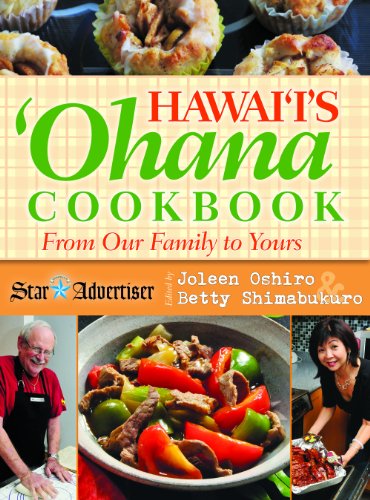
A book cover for Hawaii's Ohana Cookbook; Joleen Oshiro; Cookbooks, Food & Wine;